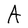
Character: A